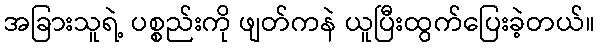
အခြားသူရဲ့ ပစ္စည်းကို ဖျတ်ကနဲ ယူပြီးထွက်ပြေးခဲ့တယ်။